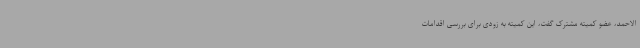
الاحمد، عضو کمیته مشترک گفت، این کمیته به زودی برای بررسی اقدامات